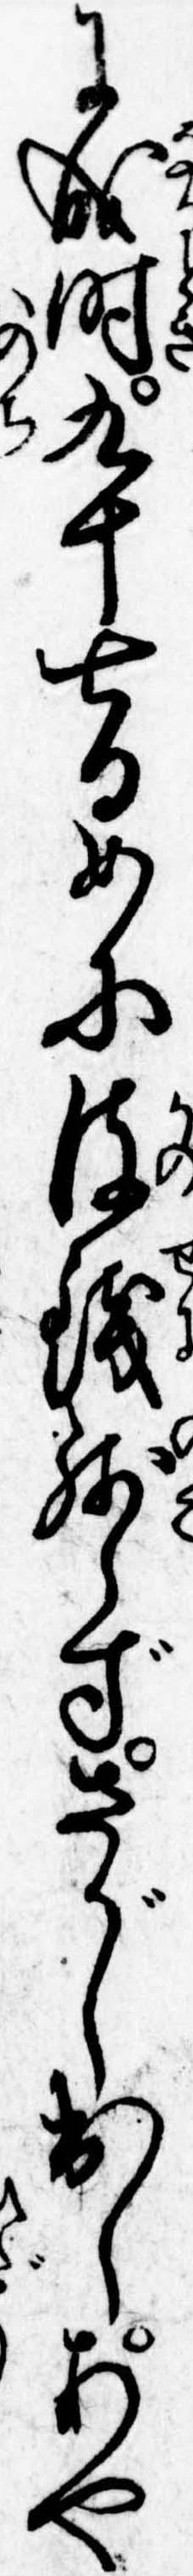
に成時九十七日めに彼銭残らずさがし出しあや